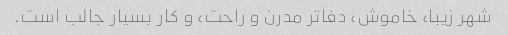
شهر زیبا، خاموش، دفاتر مدرن و راحت، و کار بسیار جالب است.